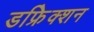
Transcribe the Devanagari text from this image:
डफ्रेिक्शन